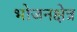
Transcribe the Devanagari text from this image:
भोजनक्षेत्र